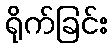
ရိုက်ခြင်း